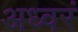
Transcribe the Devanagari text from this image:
अध्वरं